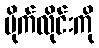
ပိုက်လိုင်းကို